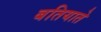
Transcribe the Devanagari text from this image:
बतियाते